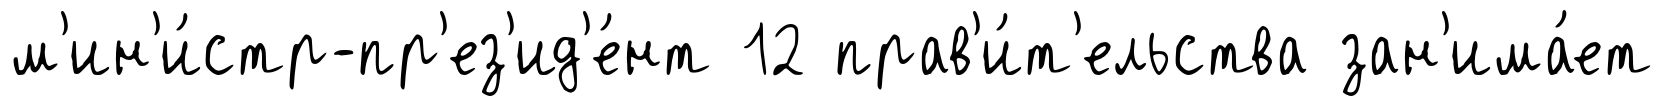
м'ин'и́стр-пр'ез'ид'е́нт 12 прав'и́т'ельства зан'има́ет